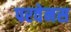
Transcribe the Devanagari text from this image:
परवेनस